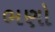
ભણો